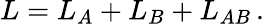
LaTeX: L=L_{A}+L_{B}+L_{AB}\, .